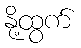
နို့ထွက်